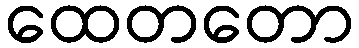
ထေတတော